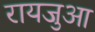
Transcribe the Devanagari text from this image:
रायजुआ